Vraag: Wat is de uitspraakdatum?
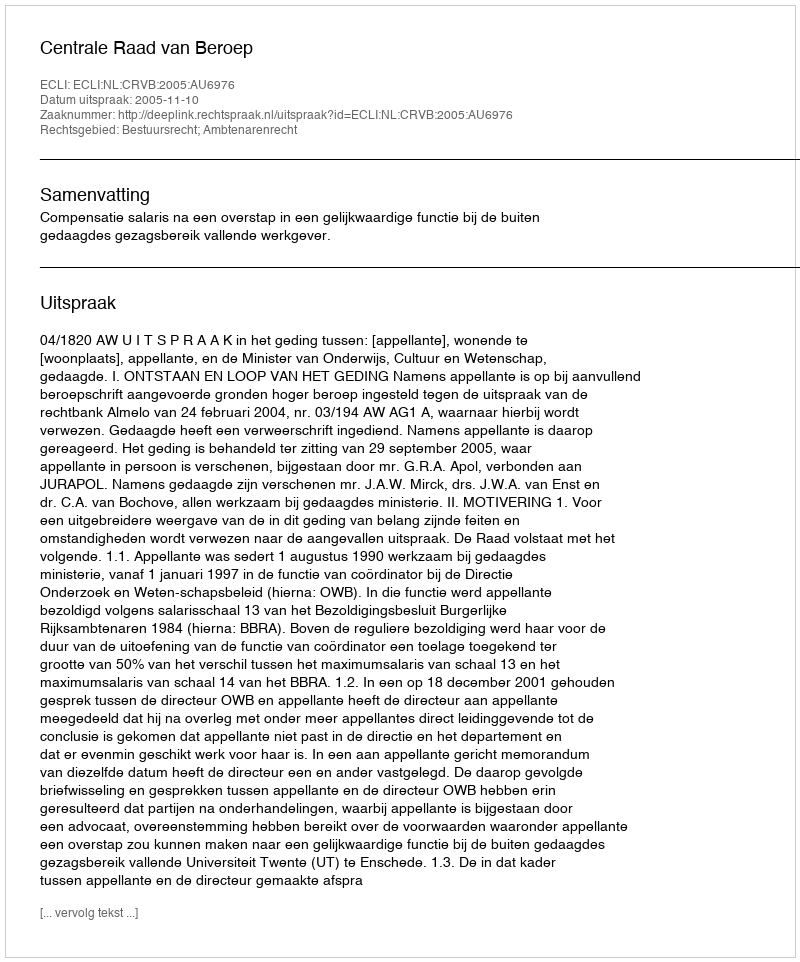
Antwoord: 2005-11-10